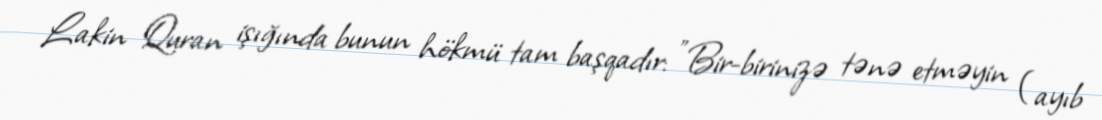
Lakin Quran işığında bunun hökmü tam başqadır: "Bir-birinizə tənə etməyin (ayıb